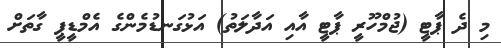
މި ދެ ޕާޓީ (ޖުމްހޫރީ ޕާޓީ އާއި އަދާލަތު) އަޅުގަނޑުމެންގެ އެމްޑީޕީ ގާތަށް